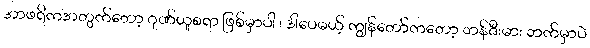
အာဖရိကအတွက်တော့ ဂုဏ်ယူစရာ ဖြစ်မှာပါ ၊ ဒါပေမယ့် ကျွန်တော်ကတော့ ဘန်ဇီးမား ဘက်မှာပဲ